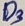
Text: D3